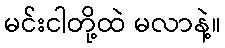
မင်းငါတို့ထဲ မလာနဲ့။